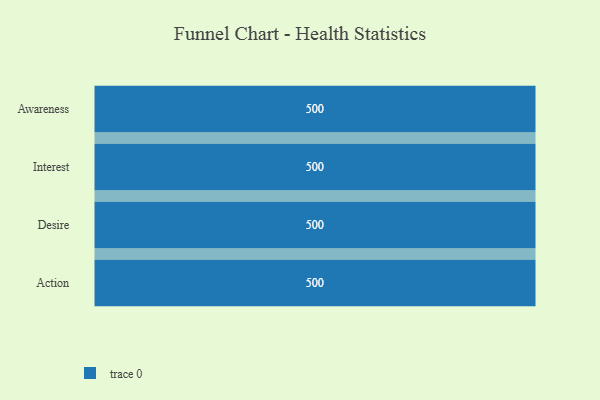
{"axis": {"x": "Stage", "y": "Value"}, "legend": [""], "data": [{"x": "Awareness", "y": 500, "type": ""}, {"x": "Interest", "y": 500, "type": ""}, {"x": "Desire", "y": 500, "type": ""}, {"x": "Action", "y": 500, "type": ""}]}